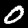
Digit: 0